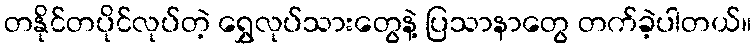
တနိုင်တပိုင်လုပ်တဲ့ ရွှေလုပ်သားတွေနဲ့ ပြသာနာတွေ တက်ခဲ့ပါတယ်။